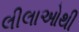
લીલાઓથી